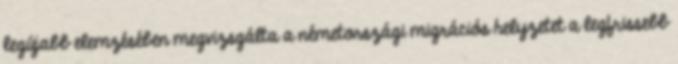
legújabb elemzésében megvizsgálta a németországi migrációs helyzetet a legfrissebb